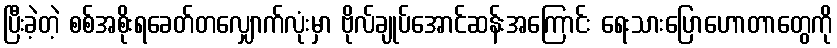
ပြီးခဲ့တဲ့ စစ်အစိုးရခေတ်တလျှောက်လုံးမှာ ဗိုလ်ချုပ်အောင်ဆန်းအကြောင်း ရေးသားပြောဟောတာတွေကို